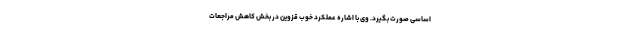
اساسی صورت بگیرد. وی با اشاره عملکرد خوب قزوین در بخش کاهش مراجعات